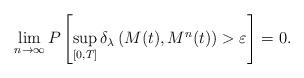
LaTeX: \begin{align*}\lim_{n\rightarrow \infty} P\left[\sup_{[0,T]}\delta_{\lambda}\left(M(t),M^n(t)\right) > \varepsilon \right] =0.\end{align*}